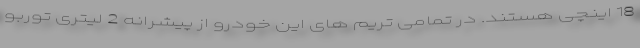
18 اینچی هستند. در تمامی تریم های این خودرو از پیشرانه 2 لیتری توربو